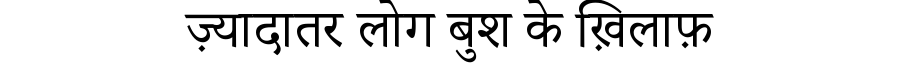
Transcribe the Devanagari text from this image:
ज़्यादातर लोग बुश के ख़िलाफ़